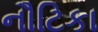
નૌટિકા